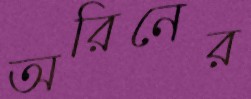
অরিনের